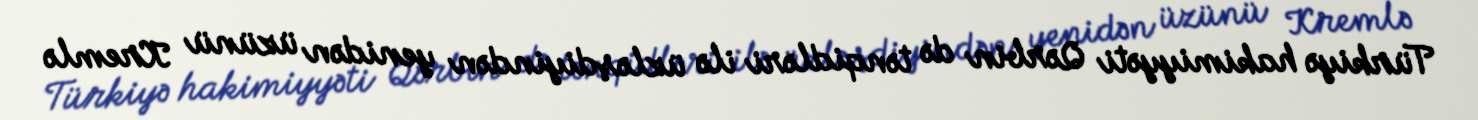
Türkiyə hakimiyyəti Qərbin də tənqidləri ilə üzləşdiyindən yenidən üzünü Kremlə